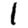
Digit: 1